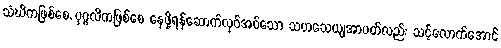
သံဃိကဖြစ်စေ, ပုဂ္ဂလိကဖြစ်စေ နေဖို့ရန်ဆောက်လုပ်အပ်သော သဟသေယျအာပတ်လည်း သင့်လောက်အောင်